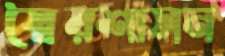
স্বৈরশাসন